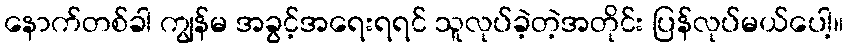
နောက်တစ်ခါ ကျွန်မ အခွင့်အရေးရရင် သူလုပ်ခဲ့တဲ့အတိုင်း ပြန်လုပ်မယ်ပေါ့။